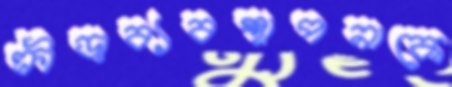
ক্রীড়াব্যবস্থাপনাকে